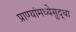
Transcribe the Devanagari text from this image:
प्राण्यांमध्येसुद्धा